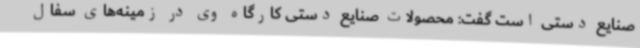
صنایع دستی است گفت: محصولات صنایع دستی کارگاه وی در زمینه‌های سفال